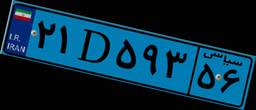
۲۱D۵۹۳۵۶